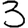
Digit: 3